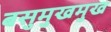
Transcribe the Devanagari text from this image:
बसुमुखमुख